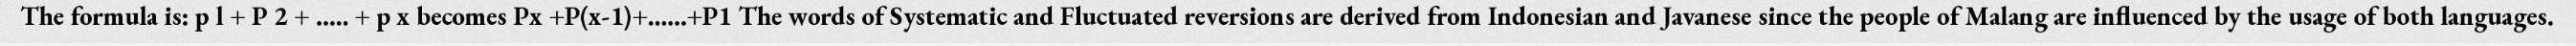
The formula is: p l + P 2 + ..... + p x becomes Px +P(x-1)+......+P1 The words of Systematic and Fluctuated reversions are derived from Indonesian and Javanese since the people of Malang are influenced by the usage of both languages.